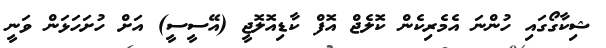
ޝިކާގޯގައި ހުންނަ އެމެރިކެން ކޮލެޖް އޮފް ކާޑިއޮލޮޖީ (އޭސީސީ) އަށް ހުށަހަޅަން ވަނީ